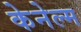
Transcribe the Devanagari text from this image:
केनेल्म